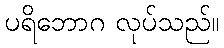
ပရိဘောဂ လုပ်သည်။